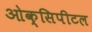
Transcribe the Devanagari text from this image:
ओक्सिपीटल